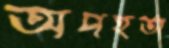
অপহর্তা